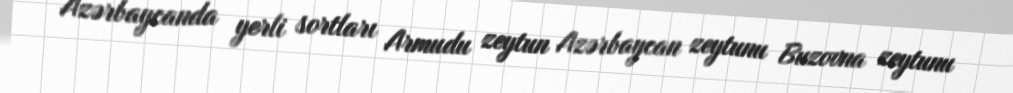
Azərbaycanda yerli sortları Armudu zeytun Azərbaycan zeytunu Buzovna zeytunu